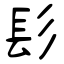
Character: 髟